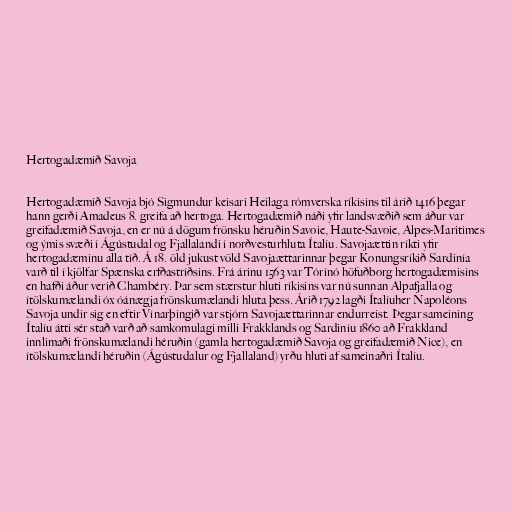
Hertogadæmið Savoja

Hertogadæmið Savoja bjó Sigmundur keisari Heilaga rómverska ríkisins til árið 1416 þegar
hann gerði Amadeus 8. greifa að hertoga. Hertogadæmið náði yfir landsvæðið sem áður var
greifadæmið Savoja, en er nú á dögum frönsku héruðin Savoie, Haute-Savoie, Alpes-Maritimes
og ýmis svæði í Ágústudal og Fjallalandi í norðvesturhluta Ítalíu. Savojaættin ríkti yfir
hertogadæminu alla tíð. Á 18. öld jukust völd Savojaættarinnar þegar Konungsríkið Sardinía
varð til í kjölfar Spænska erfðastríðsins. Frá árinu 1563 var Tórínó höfuðborg hertogadæmisins
en hafði áður verið Chambéry. Þar sem stærstur hluti ríkisins var nú sunnan Alpafjalla og
ítölskumælandi óx óánægja frönskumælandi hluta þess. Árið 1792 lagði Ítalíuher Napoléons
Savoja undir sig en eftir Vínarþingið var stjórn Savojaættarinnar endurreist. Þegar sameining
Ítalíu átti sér stað varð að samkomulagi milli Frakklands og Sardiníu 1860 að Frakkland
innlimaði frönskumælandi héruðin (gamla hertogadæmið Savoja og greifadæmið Nice), en
ítölskumælandi héruðin (Ágústudalur og Fjallaland) yrðu hluti af sameinaðri Ítalíu.